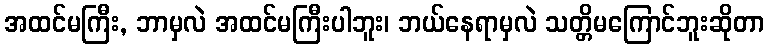
အထင်မကြီး, ဘာမှလဲ အထင်မကြီးပါဘူး၊ ဘယ်နေရာမှလဲ သတ္တိမကြောင်ဘူးဆိုတာ